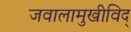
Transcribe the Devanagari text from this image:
जवालामुखीविद्